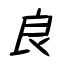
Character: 良